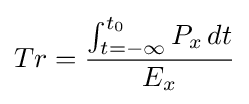
Tr={\frac {\int _{t=-\infty }^{t_{0}}P_{x}\,dt}{E_{x}}}